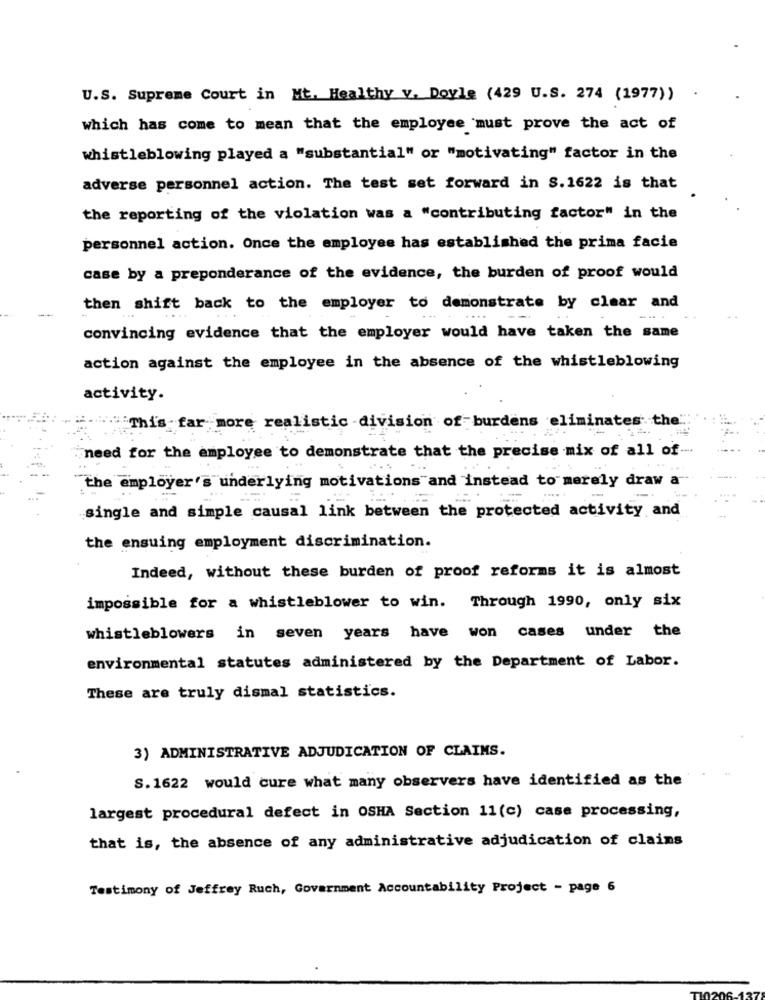
U.S. Supreme Court in Mt. Healthy v. Doyle (429 U.S. 274 (1977))
which has come to mean that the employee must prove the act of
whistleblowing played a "substantial" or "motivating" factor in the
adverse personnel action. The test set forward in S.1622 is that
the reporting of the violation was a "contributing factor" in the
personnel action. Once the employee has established the prima facie
case by a preponderance of the evidence, the burden of proof would
-
then shift back to the employer to demonstrate by clear and
....
convincing evidence that the employer would have taken the same
action against the employee in the absence of the whistleblowing
activity.
"This far more realistic -division of burdens eliminates the"
need for the employee to demonstrate that the precise mix of all of-
the employer's underlying motivations and instead to merely draw a
single and simple causal link between the protected activity and
the ensuing employment discrimination.
Indeed, without these burden of proof reforms it is almost
impossible for a whistleblower to win. Through 1990, only six
whistleblowers in seven years have won cases under the
environmental statutes administered by the Department of Labor.
These are truly dismal statistics.
3) ADMINISTRATIVE ADJUDICATION OF CLAIMS.
S. 1622 would cure what many observers have identified as the
largest procedural defect in OSHA Section 11(c) case processing,
that is, the absence of any administrative adjudication of clains
Testimony of Jeffrey Ruch, Government Accountability Project - page 6